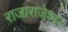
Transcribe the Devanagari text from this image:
राजाराजेश्‍वर